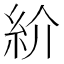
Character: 紒